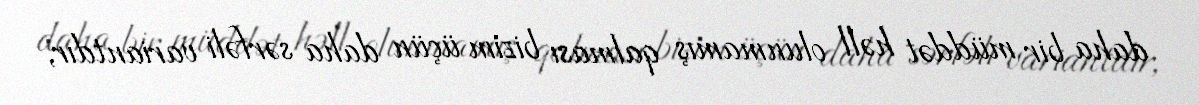
daha bir müddət həll olunmamış qalması bizim üçün daha sərfəli variantdır,